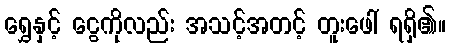
ရွှေနှင့် ငွေကိုလည်း အသင့်အတင့် တူးဖေါ် ရရှိ၏။